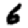
Digit: 6